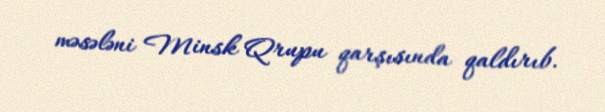
məsələni Minsk Qrupu qarşısında qaldırıb.